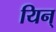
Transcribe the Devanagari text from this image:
यिन्